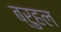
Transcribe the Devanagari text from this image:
ब्रुहल